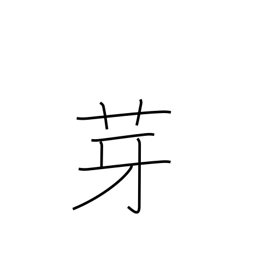
Meaning: spear